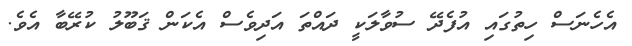
އެހެނަސް ހިތުގައި އުފެދޭ ސުވާލަކީ ދައްތަ އަދިވެސް އެކަން ޤަބޫލު ކުރޭބާ އެވެ.